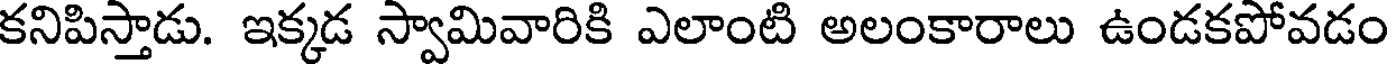
కనిపిస్తాడు. ఇక్కడ స్వామివారికి ఎలాంటి అలంకారాలు ఉండకపోవడం